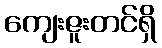
ကျေးဇူးတင်ရှိ